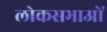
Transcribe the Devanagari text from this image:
लोकसभाओं